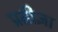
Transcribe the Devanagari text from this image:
प्रतीज्ञा